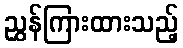
ညွှန်ကြားထားသည့်